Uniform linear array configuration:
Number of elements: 4
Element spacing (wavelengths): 1
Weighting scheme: blackman
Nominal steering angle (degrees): -45
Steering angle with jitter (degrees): -46.039
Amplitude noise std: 0.05
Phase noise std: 0.05

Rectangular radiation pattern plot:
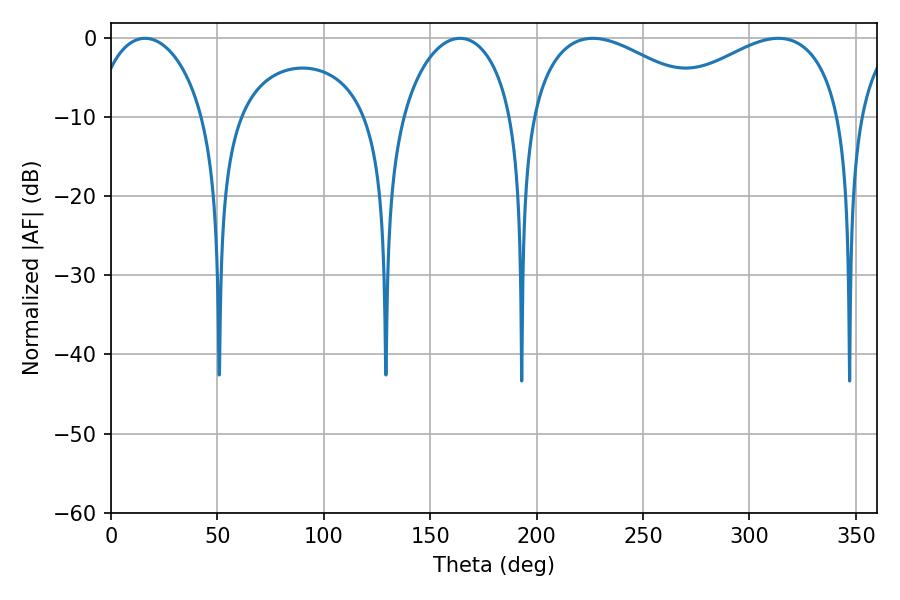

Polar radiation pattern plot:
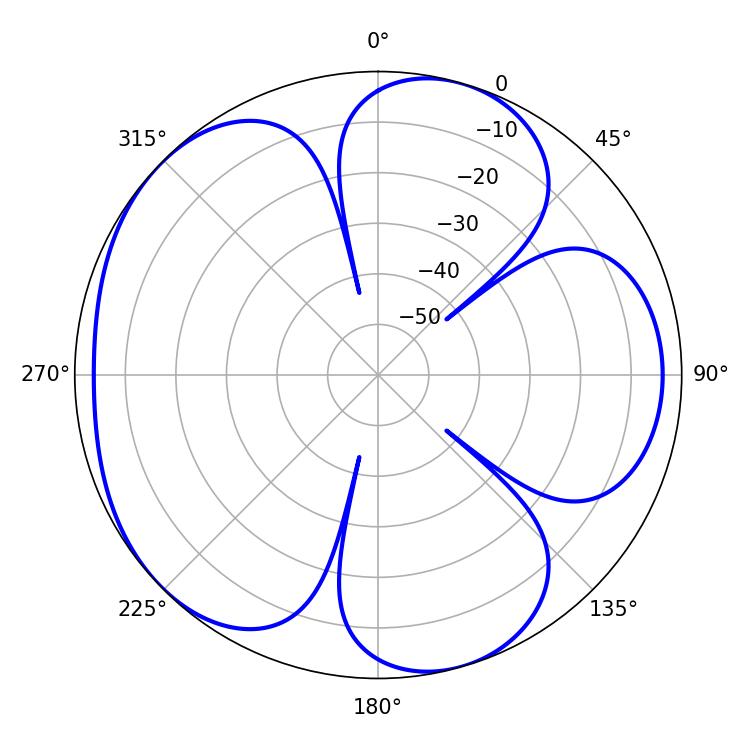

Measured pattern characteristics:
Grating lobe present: TRUE
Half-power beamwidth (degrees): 48.42
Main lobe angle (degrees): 226.44